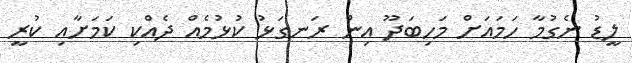
ލީޑު ނެގުމާ ހަމައަށް މަހިބަދޫ އިން ރަނގަޅު ކުޅުމެއް ދެއްކި ކަމަށާއި ކުރީ